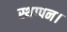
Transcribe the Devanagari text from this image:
स्थापन।